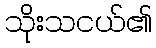
သိုးသငယ်၏